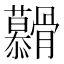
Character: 𮪶